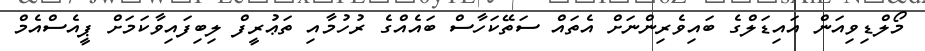
މޯލްޑިވިއަން އައިޑަލްގެ ބައިވެރިންނަށް އެތައް ސަތޭކަހާސް ބައެއްގެ ރުހުމާއި ތަޢުރީފް ލިބިފައިވާކަމަށް ޕީއެސްއެމް